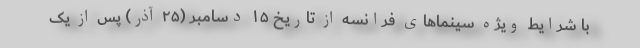
با شرایط ویژه سینماهای فرانسه از تاریخ ۱۵ دسامبر (۲۵ آذر) پس از یک